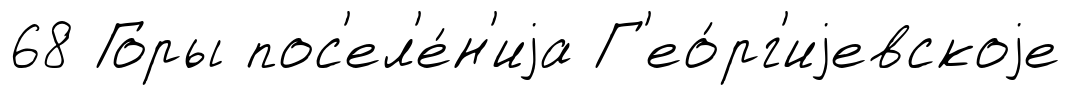
68 Горы пос'ел'е́н'иjа Г'ео́рг'иjевскоjе